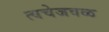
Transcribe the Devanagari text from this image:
त्वचेजवळ